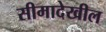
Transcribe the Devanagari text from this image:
सीमादेखील